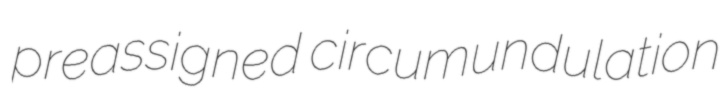
preassigned circumundulation